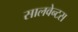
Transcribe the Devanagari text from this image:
सालवेन्टस